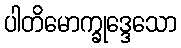
ပါတိမောက္ခုဒ္ဒေသော